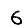
Digit: 6